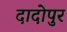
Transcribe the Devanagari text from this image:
दादोपुर